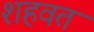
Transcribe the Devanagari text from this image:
शहवत